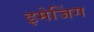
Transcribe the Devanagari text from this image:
इमेजिंग